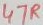
Text: 47R